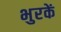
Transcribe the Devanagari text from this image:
भुरकें